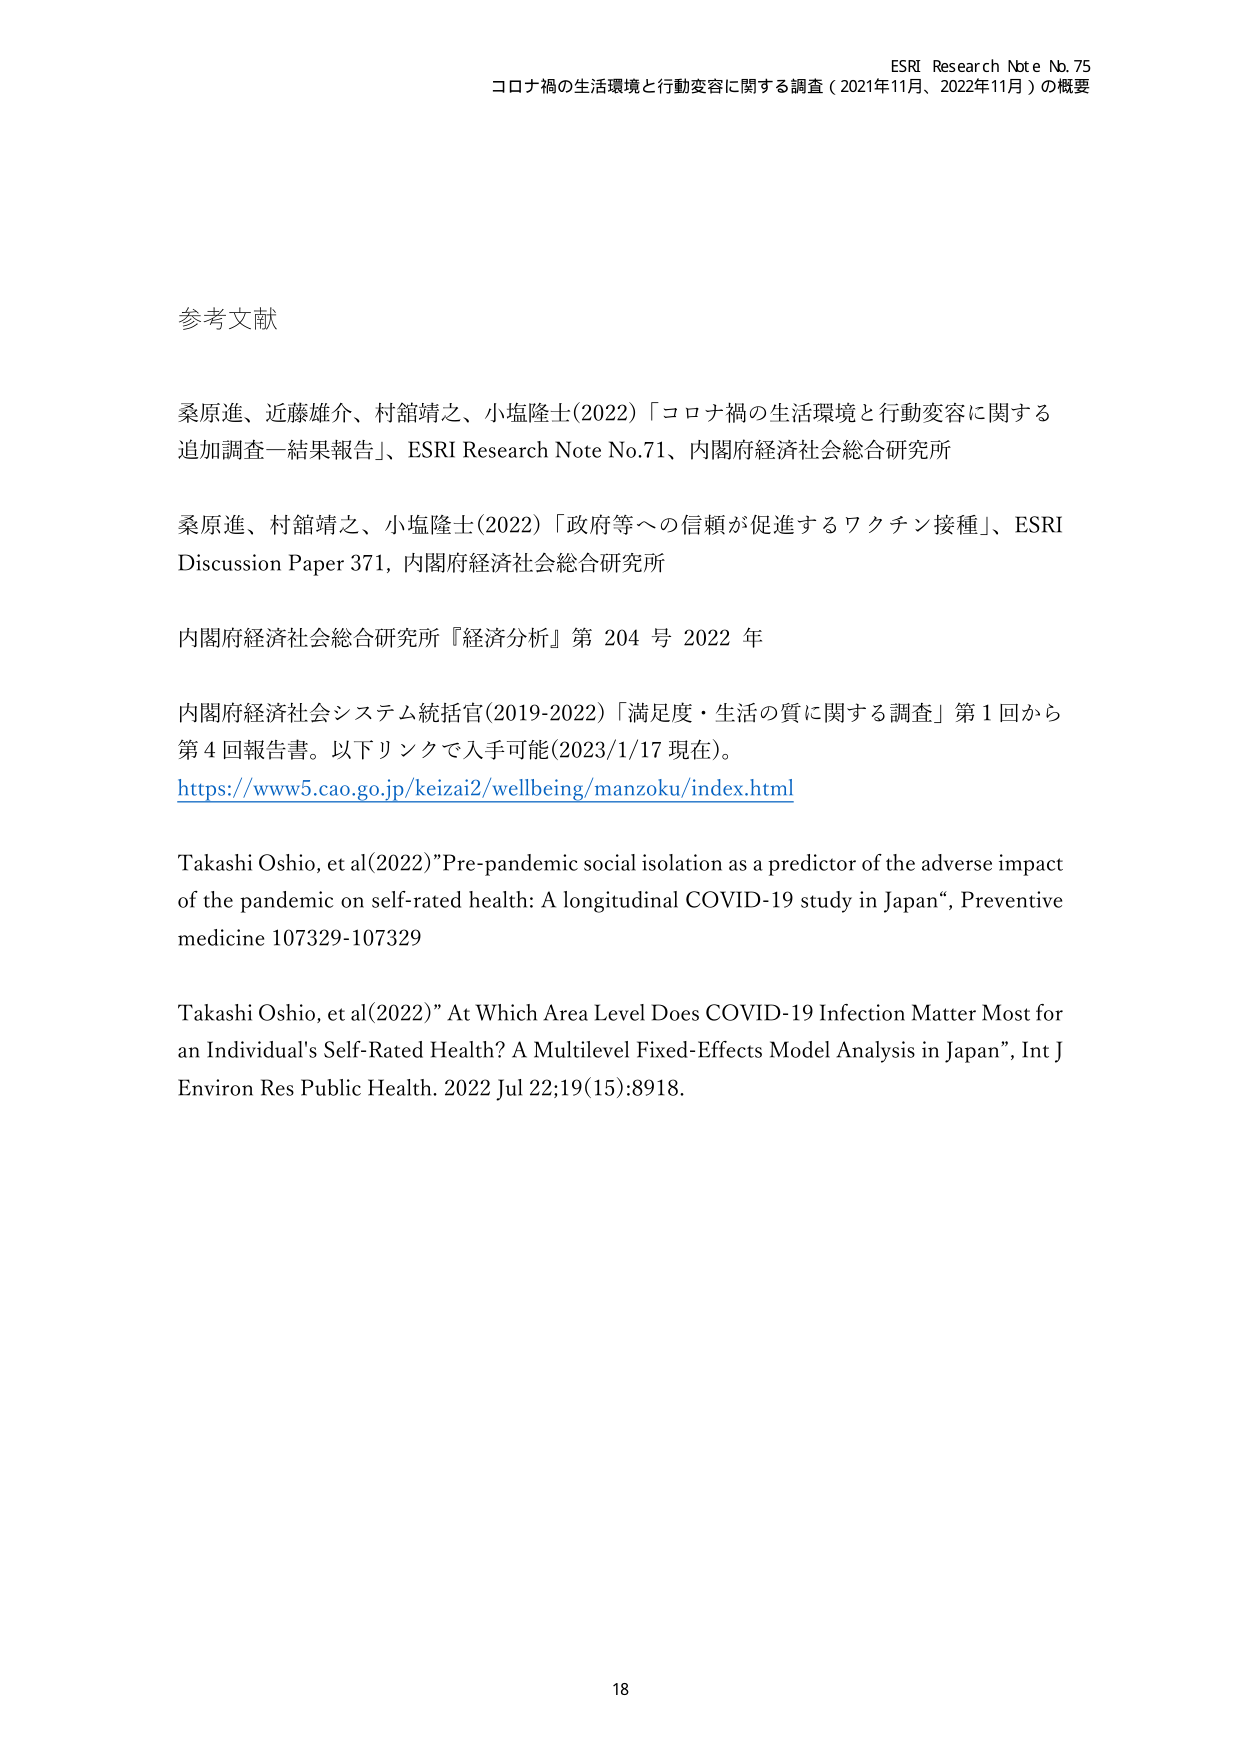
ESRI Research Note No. 75
コロナ禍の生活環境と行動変容に関する調査（2021年11月、2022年11月）の概要

参考文献

桑原進、近藤雄介、村舘靖之、小塩隆士(2022)「コロナ禍の生活環境と行動変容に関する追加調査―結果報告」、ESRI Research Note No.71、内閣府経済社会総合研究所

桑原進、村舘靖之、小塩隆士(2022)「政府等への信頼が促進するワクチン接種」、ESRI Discussion Paper 371, 内閣府経済社会総合研究所

内閣府経済社会総合研究所『経済分析』第 204 号 2022 年

内閣府経済社会システム統括官(2019-2022)「満足度・生活の質に関する調査」第1回から第4回報告書。以下リンクで入手可能(2023/1/17 現在)。
https://www5.cao.go.jp/keizai2/wellbeing/manzoku/index.html

Takashi Oshio, et al(2022)"Pre-pandemic social isolation as a predictor of the adverse impact of the pandemic on self-rated health: A longitudinal COVID-19 study in Japan", Preventive medicine 107329-107329

Takashi Oshio, et al(2022)"At Which Area Level Does COVID-19 Infection Matter Most for an Individual's Self-Rated Health? A Multilevel Fixed-Effects Model Analysis in Japan", Int J Environ Res Public Health. 2022 Jul 22;19(15):8918.

18